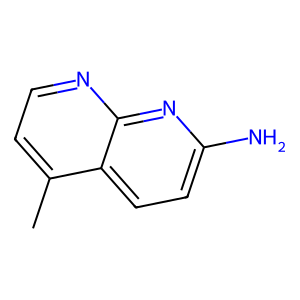
SMILES: Cc1ccnc2nc(N)ccc12
Inhibits HIV replication: No